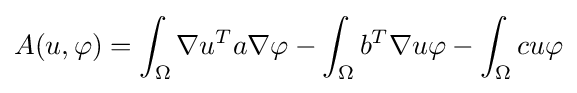
A(u,\varphi )=\int _{\Omega }\nabla u^{T}a\nabla \varphi -\int _{\Omega }b^{T}\nabla u\varphi -\int _{\Omega }cu\varphi